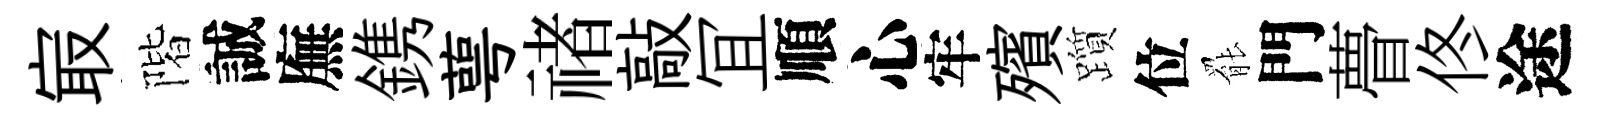
㝡階誠廡鎸萼禇敲冝順心牢殯躓位罷門瞢佟途